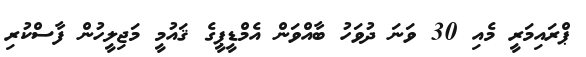
ޕްރައިމަރީ މެއި 30 ވަނަ ދުވަހު ބާއްވަން އެމްޑީޕީގެ ޤައުމީ މަޖިލީހުން ފާސްކުރި